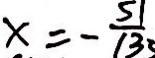
x = - \frac { 5 1 } { 1 3 }